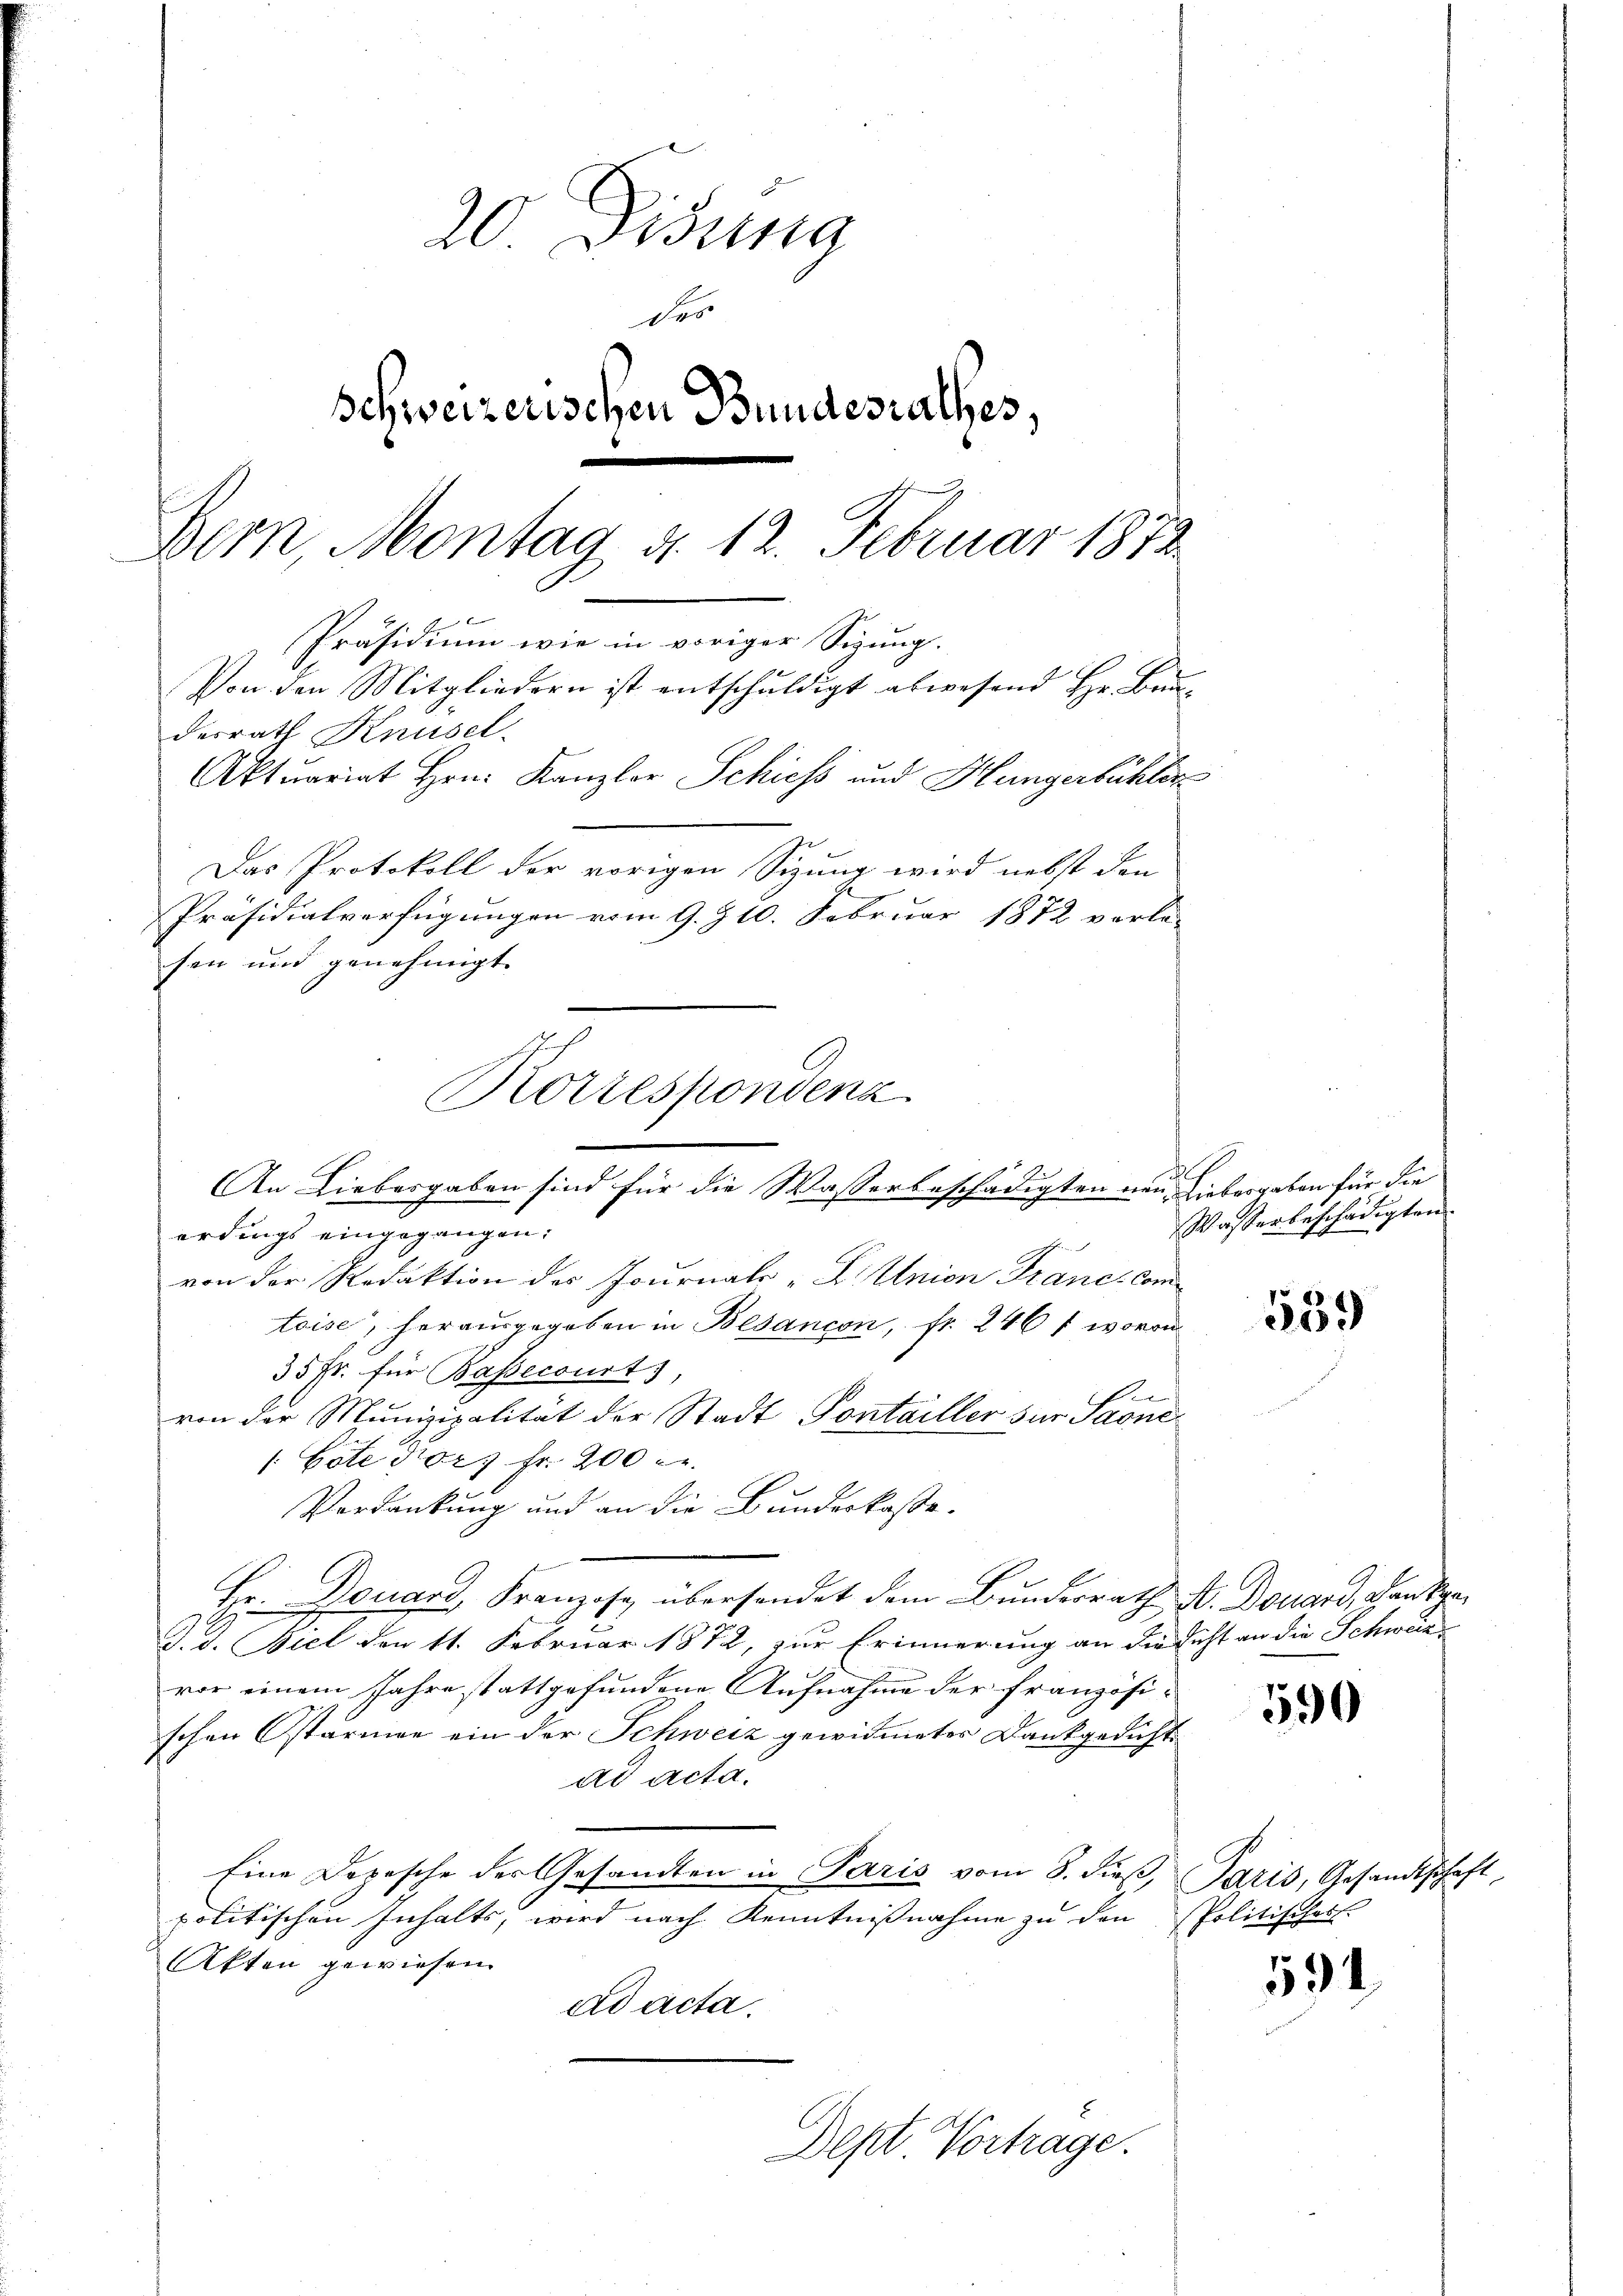
20 Disung
des
Schweizerischen Bundesrathes,
Bern, Montag d. 12. Februar 1872
Präsidium wie in voriger Sigung.
Von den Mitgliedern ist entschuldigt abwesend Hr. Baudesrath Knüsel
Aktuariat Hrn. Kanzler Schiess und Hungerbühler
Das Protokoll der vorigen Sizung wird nebst den
Präsidialverfügungen vom 9. § 10. Februar 1872 vorle-
sen und genehmigt.

An Liebesgaben sind für die Wasserbeschädigten neu Liebergaben für die

erdings eingegangen:
von der Redaktion des Journal-E. Union Franc comtoise, herausgegeben in Besançon, fr. 246 f wovon
35 Fr. für Basecourt,
von der Munizipalität der Stadt Pontailler zur Stone
(Göte vor 7 Fr. 200 Fr.
Verdankung und an die Bundeskasse.
Hr. Douars, Franzose übersendet dem Bundesrath N. Douard, Dankge¬
J. J. Biel den 11. Februar 1872, zur Erinnerung an die sicht an die Schweiz
vor einem Jahre stattgefundene Aufnahme der französischen Ostarmen ein der Schweiz gewidmeter Dankgedicht
ad acta.
Eine Depesche der Gesandten in Paris vom 8. dieβ, Paris, Gesandtschaft,
politischen Inhalts, wird nach Kenntnißnahme zu den Politisches
Akten gewiesen
ad acta.

Korrespondenz

Dept Vortrage.

Wasserbeschädigten

539

590

534